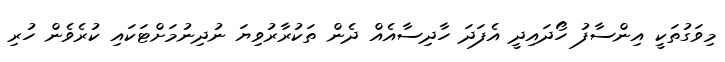
މިވަގުތަކީ އިންސާފު ހޯދައިދީ އެފަދަ ހާދިސާއެއް ދެން ތަކުރާރުވިޔަ ނުދިނުމަށްޓަކައި ކުރެވެން ހުރި